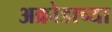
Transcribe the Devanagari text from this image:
अक्रोडाच्या